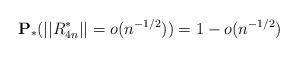
LaTeX: \begin{align*}\mathbf{P_*}(||R^*_{4n}||=o(n^{-1/2})) = 1-o(n^{-1/2})\end{align*}